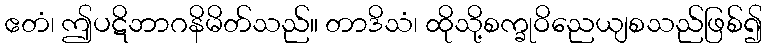
ဧတံ၊ ဤပဋိဘာဂနိမိတ်သည်။ တာဒိသံ၊ ထိုသို့စက္ခုဝိညေယျစသည်ဖြစ်၍